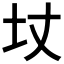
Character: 𡉋